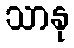
သာနု